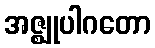
အဇ္ဈုပါဂတော